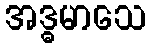
အဒ္ဓမာသေ